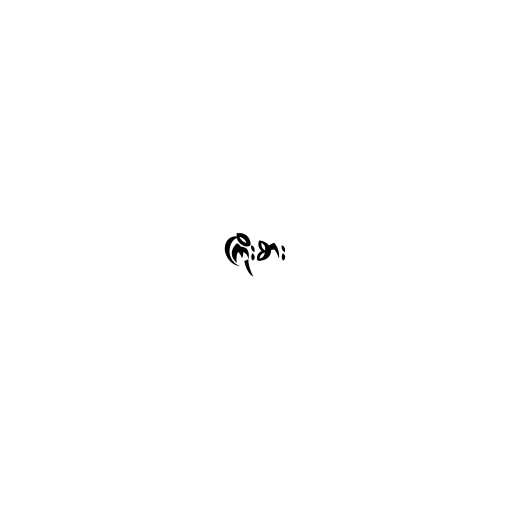
ကြိုးစား